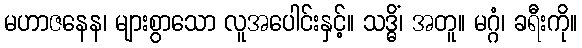
မဟာဇနေန၊ များစွာသော လူအပေါင်းနှင့်။ သဒ္ဓိံ၊ အတူ။ မဂ္ဂံ၊ ခရီးကို။